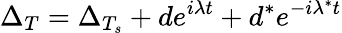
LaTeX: \Delta_{T}=\Delta_{T_{s}}+de^{i\lambda t}+d^{*}e^{-i\lambda^{*}t}